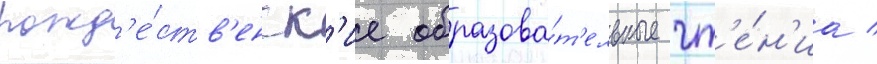
рожд'е́ств'енск'ие образова́т'ельные чт'е́н'иа /